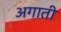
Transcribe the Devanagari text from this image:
अगाती